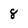
Character: 8